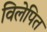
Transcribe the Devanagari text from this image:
विलेपित